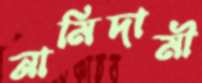
নামিদামী